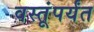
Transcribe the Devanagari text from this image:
वस्तूंपर्यंत